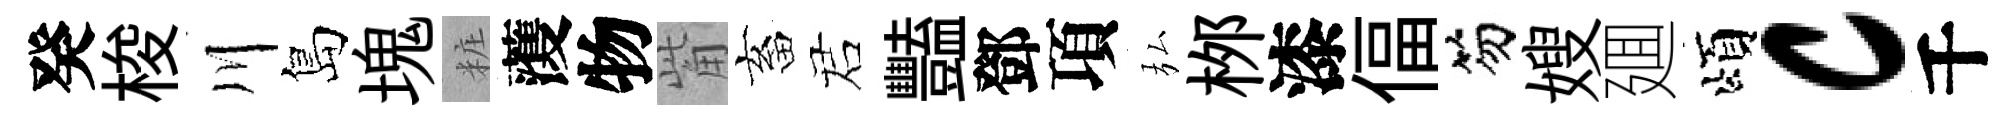
癸梭川島塊粧𮑮物觜畜诺豔鄧項弘桞漆偪笏嫂廽頌c千